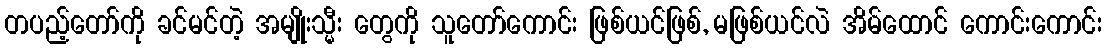
တပည့်တော်ကို ခင်မင်တဲ့ အမျိုးသ္မီး တွေကို သူတော်ကောင်း ဖြစ်ယင်ဖြစ်, မဖြစ်ယင်လဲ အိမ်ထောင် ကောင်းကောင်း